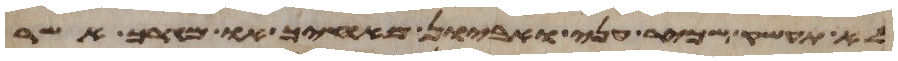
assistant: לא תעשק שכיר עני ואביון מאחיך או מגרך אשר